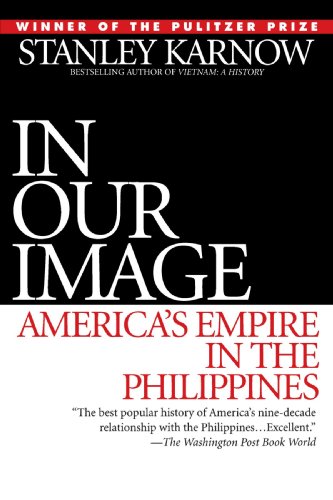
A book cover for In Our Image: America's Empire in the Philippines; Stanley Karnow; History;